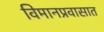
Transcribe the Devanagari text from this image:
विमानप्रवासात